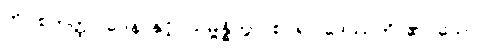
ကို။ စတုတ္ထပါဒေန၊ နှင့်။ သမ္ဗန္ဓိတွာ၊ စပ်၍။ ဒေဿတိ၊ ၏။ သော